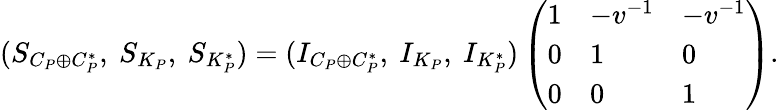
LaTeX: \begin{array}{r}{(S_{C_{P}\oplus C_{P}^{*}},\ S_{K_{P}},\ S_{K_{P}^{*}})=(I_{C_{P}\oplus C_{P}^{*}},\ I_{K_{P}},\ I_{K_{P}^{*}})\left(\begin{array}{lll}{1}&{-v^{-1}}&{-v^{-1}}\\ {0}&{1}&{0}\\ {0}&{0}&{1}\end{array}\right).}\end{array}